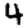
Digit: 4